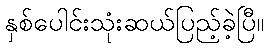
နှစ်ပေါင်းသုံးဆယ်ပြည့်ခဲ့ပြီ။